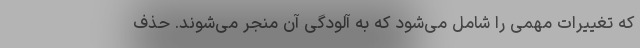
که تغییرات مهمی را شامل می‌شود که به آلودگی آن منجر می‌شوند. حذف